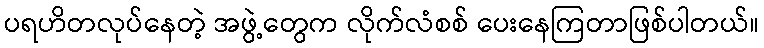
ပရဟိတလုပ်နေတဲ့ အဖွဲ့တွေက လိုက်လံစစ် ပေးနေကြတာဖြစ်ပါတယ်။